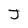
Character: J